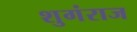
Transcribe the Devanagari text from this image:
शुगंराज